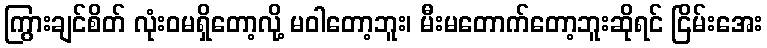
ကြွားချင်စိတ် လုံးဝမရှိတော့လို့ မဝါတော့ဘူး၊ မီးမတောက်တော့ဘူးဆိုရင် ငြိမ်းအေး